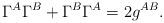
LaTeX: \begin{align*}\Gamma ^A\Gamma ^B+\Gamma ^B\Gamma ^A=2g^{AB}.\end{align*}